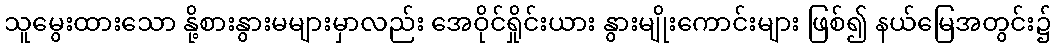
သူမွေးထားသော နို့စားနွားမများမှာလည်း အေဝိုင်ရှိုင်းယား နွားမျိုးကောင်းများ ဖြစ်၍ နယ်မြေအတွင်း၌